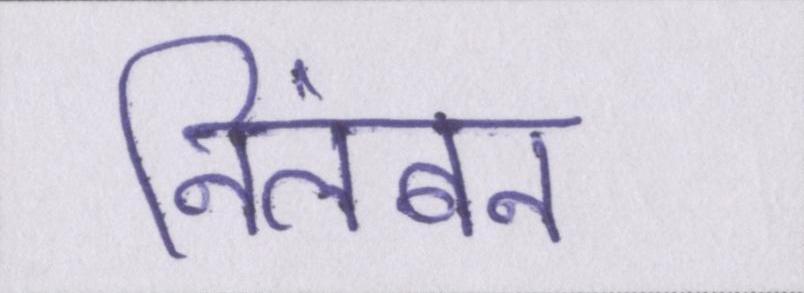
निलंबन